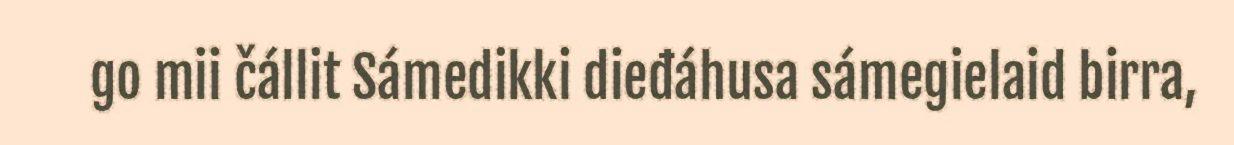
go mii čállit Sámedikki dieđáhusa sámegielaid birra,